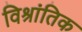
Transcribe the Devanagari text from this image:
विश्रांतिक